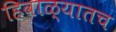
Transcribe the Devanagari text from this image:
हिवाळ्यातच